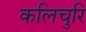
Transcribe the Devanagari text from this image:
कलिचुरि